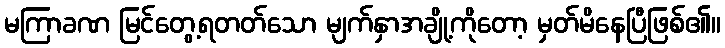
မကြာခဏ မြင်တွေ့ရတတ်သော မျက်နှာအချို့ကိုတော့ မှတ်မိနေပြီဖြစ်၏။